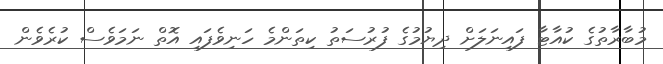
މުބާރާތުގެ ކުއާޓާ ފައިނަލަށް ދިޔުމުގެ ފުރުސަތު ކިތަންމެ ހަނިވެފައި އޮތް ނަމަވެސް ކުރެވެން